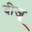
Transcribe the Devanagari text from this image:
दीजू